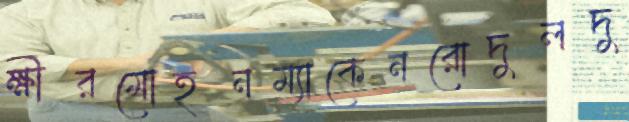
ক্ষীরমোহনম্যাকেনরোদুলদু